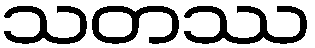
သတဿ